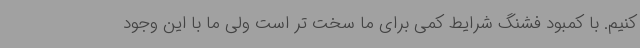
کنیم. با کمبود فشنگ شرایط کمی برای ما سخت تر است ولی ما با این وجود